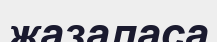
жазаласа